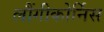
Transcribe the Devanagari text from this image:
लौंगीकोर्निस